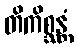
တိကိစ္ဆန္တံ